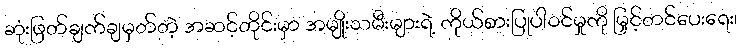
ဆုံးဖြတ်ချက်ချမှတ်တဲ့ အဆင့်တိုင်းမှာ အမျိုးသမီးများရဲ့ ကိုယ်စားပြုပါဝင်မှုကို မြှင့်တင်ပေးရေး၊